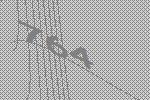
764